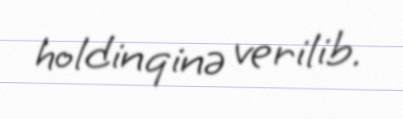
holdinqinə verilib.